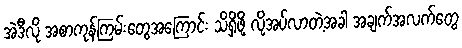
အဲဒီလို အစာကုန်ကြမ်းတွေအကြောင်း သိရှိဖို့ လိုအပ်လာတဲ့အခါ အချက်အလက်တွေ